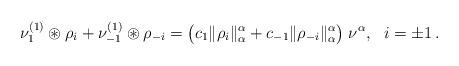
LaTeX: \begin{align*} \nu_1^{(1)}\circledast \rho_{i} + \nu_{-1}^{(1)}\circledast \rho_{-i} = \bigl( c_1\|\rho_{i}\|_\alpha^\alpha +c_{-1} \|\rho_{-i}\|_\alpha^\alpha\bigr)\;\nu^\alpha, \ \ i=\pm 1\,. \end{align*}